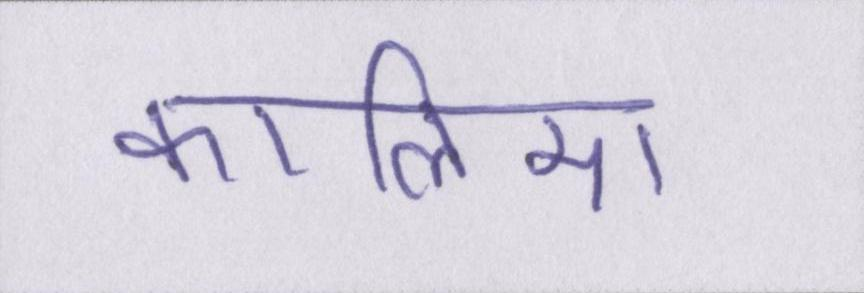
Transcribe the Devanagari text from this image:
कालिमा